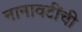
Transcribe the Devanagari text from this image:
नानावटींची